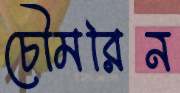
চৌমরিন